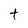
Character: t